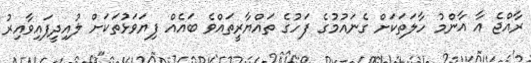
ރާއްޖެ އާ އާންމު ހާލަތަކަށް ގެނައުމުގެ ފަހުގެ ތައްޔާރީތައްވެ ބައެއް ފިޔަވަޅުތަކަށް ލުއިދީފައިވާއިރު